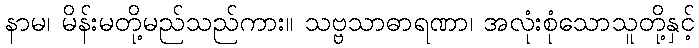
နာမ၊ မိန်းမတို့မည်သည်ကား။ သဗ္ဗသာဓာရဏာ၊ အလုံးစုံသောသူတို့နှင့်